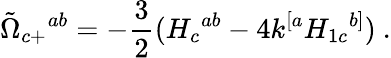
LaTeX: {\tilde{\Omega}}_{c+}{}^{ab}=-{\frac{3}{2}}(H_{c}{}^{ab}-4k^{[a}H_{1c}{}^{b]})\ .